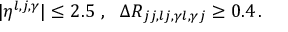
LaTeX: | \eta ^ { l , j , \gamma } | \leq 2 . 5 ~ , ~ ~ \Delta R _ { j j , l j , \gamma l , \gamma j } \geq 0 . 4 \, .